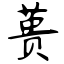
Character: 蒉